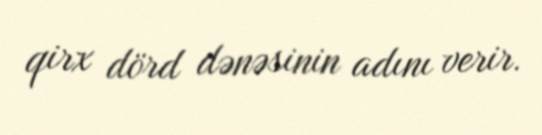
qirx dörd dənəsinin adını verir.